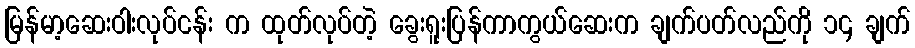
မြန်မာ့ဆေးဝါးလုပ်ငန်း က ထုတ်လုပ်တဲ့ ခွေးရူးပြန်ကာကွယ်ဆေးက ချက်ပတ်လည်ကို ၁၄ ချက်